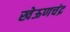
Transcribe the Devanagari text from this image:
खेऊणचंद्र